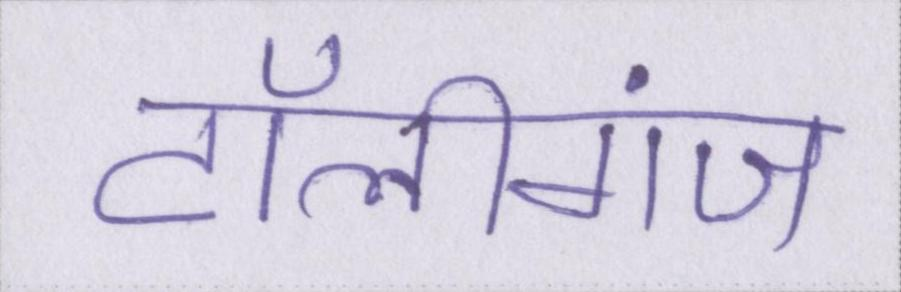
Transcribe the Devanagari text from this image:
टॉलीगंज